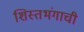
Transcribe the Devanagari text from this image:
शिस्तभंगाची